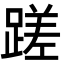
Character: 蹉